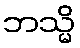
ဘသ္မိ